Annual report of the Punjab Veterinary College and of the Civil Veterinary Department, Punjab - 1926-1932
Year: 1926
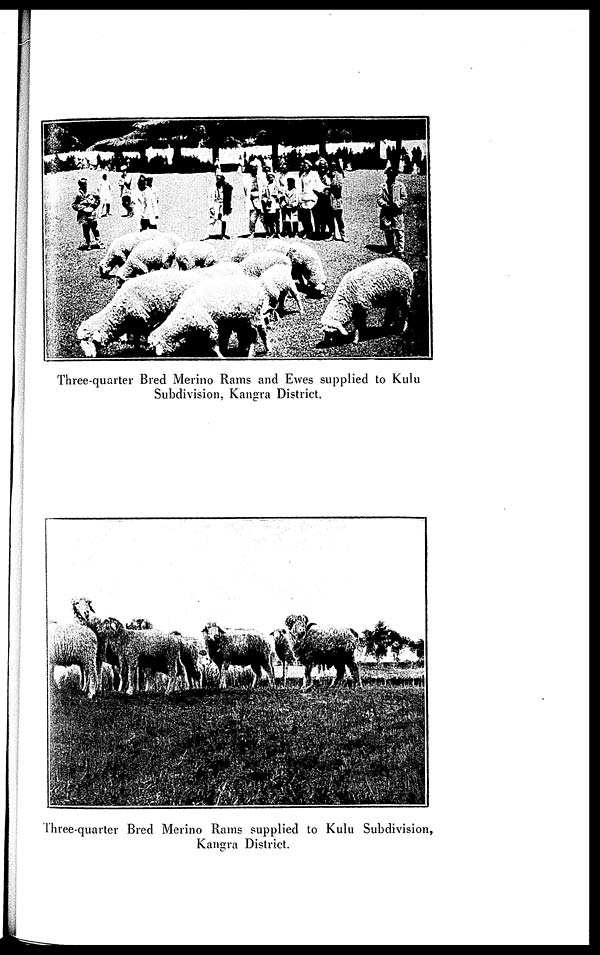
Three-quarter Bred Merino Rams and Ewes supplied to Kulu
Subdivision, Kangra District.
Three-quarter Bred Merino Rams supplied to Kulu Subdivision,
Kangra District.